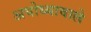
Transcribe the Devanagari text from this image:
अयोध्यावाले